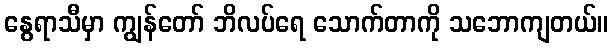
နွေရာသီမှာ ကျွန်တော် ဘိလပ်ရေ သောက်တာကို သဘောကျတယ်။